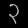
Digit: ၃